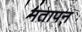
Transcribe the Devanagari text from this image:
मतापन